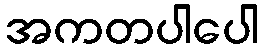
အကတပါပေါ